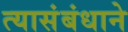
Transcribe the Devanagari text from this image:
त्यासंबंधाने